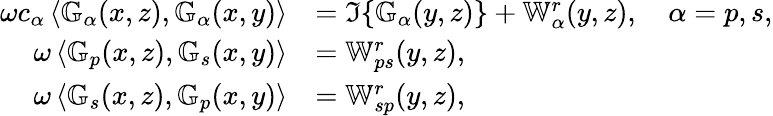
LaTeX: \begin{array}{rl}{\omega c_{\alpha}\left\langle\mathbb{G}_{\alpha}(x,z),\mathbb{G}_{\alpha}(x,y)\right\rangle}&{=\Im\{ \mathbb{G}_{\alpha}(y,z)\} +\mathbb{W}_{\alpha}^{r}(y,z),\quad\alpha=p,s,}\\ {\omega\left\langle\mathbb{G}_{p}(x,z),\mathbb{G}_{s}(x,y)\right\rangle}&{=\mathbb{W}_{ps}^{r}(y,z),}\\ {\omega\left\langle\mathbb{G}_{s}(x,z),\mathbb{G}_{p}(x,y)\right\rangle}&{=\mathbb{W}_{sp}^{r}(y,z),}\end{array}